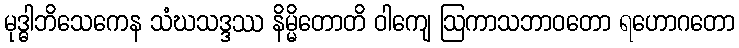
မုဒ္ဓါဘိသေကေန သံဃသဒ္ဒဿ နိမ္မိတောတိ ဝါကျေ ဩကာသဘာဝတော ရဟောဂတော